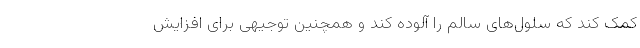
کمک کند که سلول‌های سالم را آلوده کند و همچنین توجیهی برای افزایش